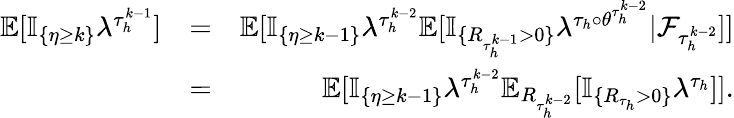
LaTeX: \begin{array}{rlr}{\mathbb{E}[\mathbb{I}_{\{ \eta\ge k\} }\lambda^{\tau_{h}^{k-1}}]}&{=}&{\mathbb{E}[\mathbb{I}_{\{ \eta\ge k-1\} }\lambda^{\tau_{h}^{k-2}}\mathbb{E}[\mathbb{I}_{\{ R_{\tau_{h}^{k-1}}>0\} }\lambda^{\tau_{h}\circ\theta^{\tau_{h}^{k-2}}}|{\mathcal F}_{\tau_{h}^{k-2}}]]}\\ &{=}&{\mathbb{E}[\mathbb{I}_{\{ \eta\ge k-1\} }\lambda^{\tau_{h}^{k-2}}\mathbb{E}_{R_{\tau_{h}^{k-2}}}[\mathbb{I}_{\{ R_{\tau_{h}}>0\} }\lambda^{\tau_{h}}]].}\end{array}